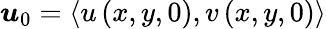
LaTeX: \boldsymbol{u}_{0}=\left<u\left(x,y,0\right),v\left(x,y,0\right)\right>